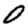
Digit: 0